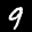
Label: 9